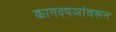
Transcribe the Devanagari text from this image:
कागदपञांवरून